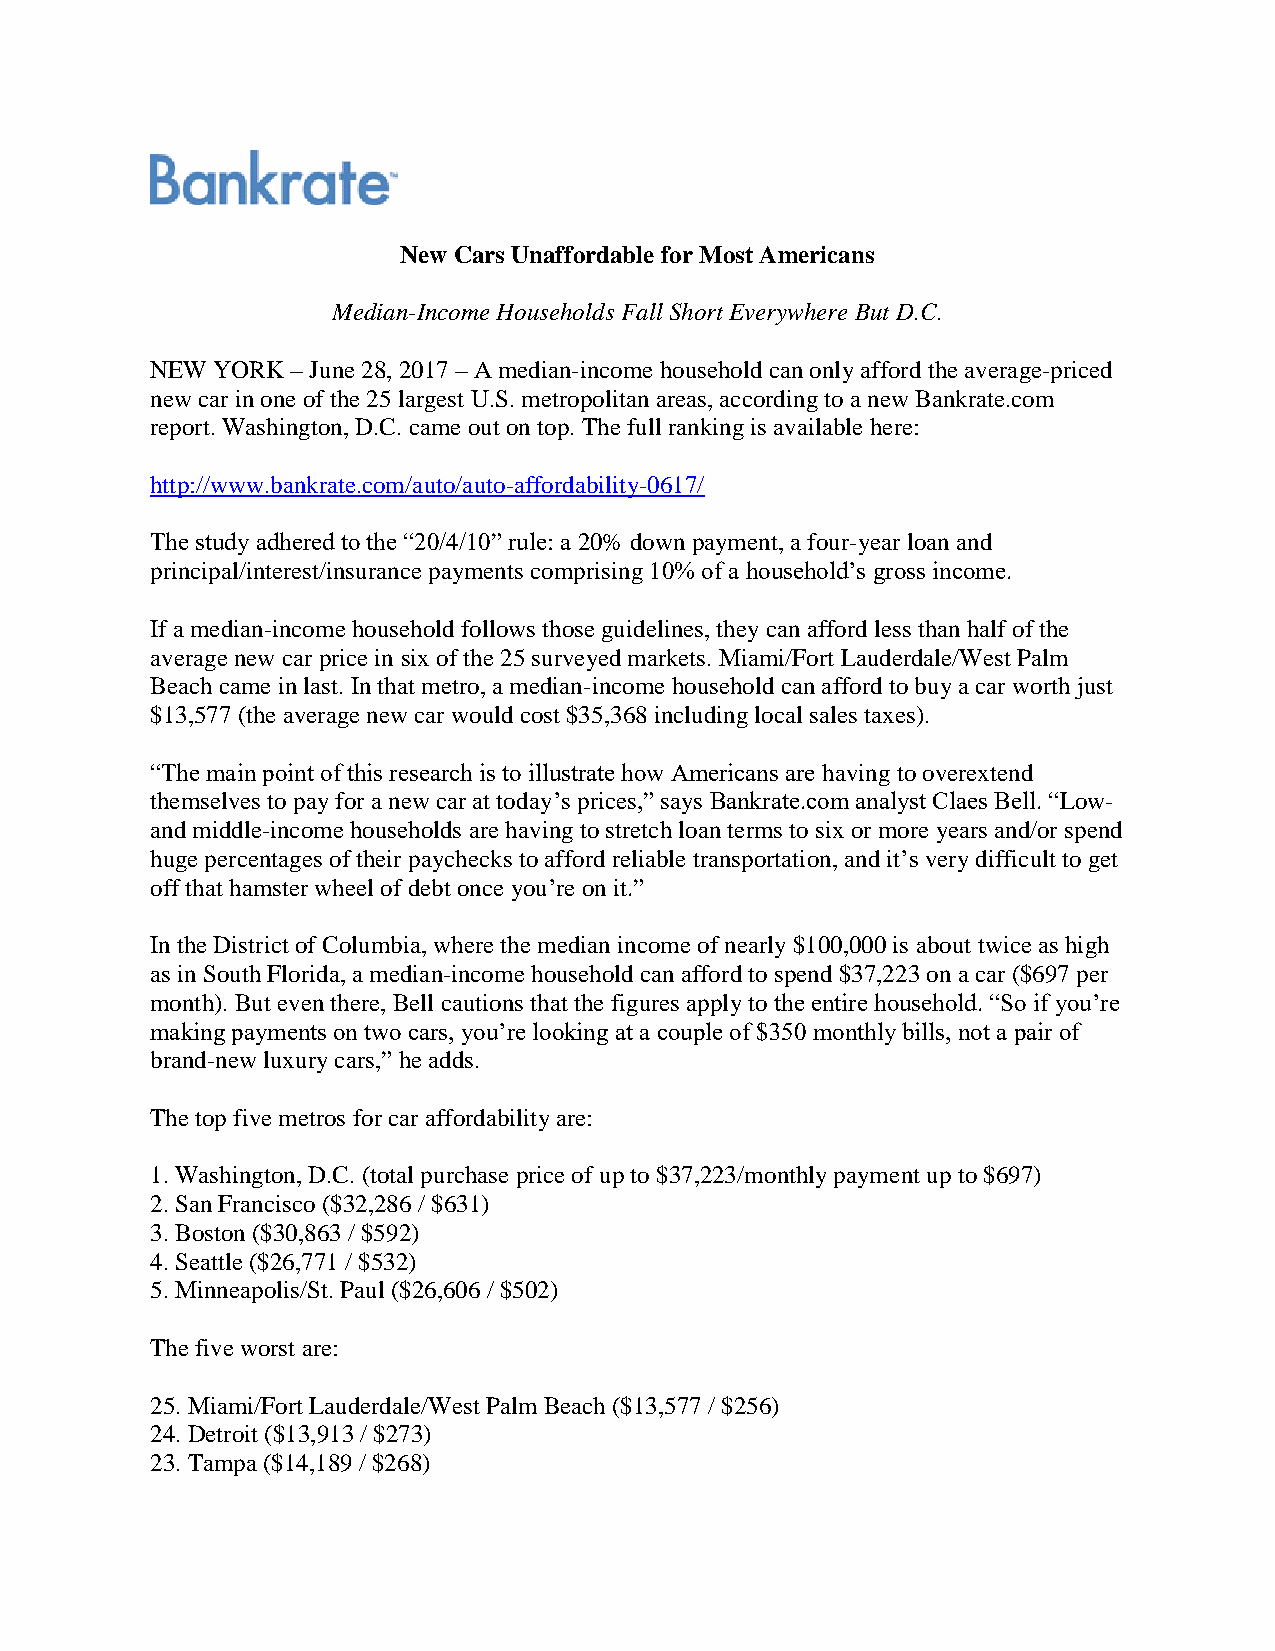
New Cars Unaffordable for Most Americans
 Median-Income Households Fall Short Everywhere But D.C.
 NEW YORK – June 28, 2017 – A median-income household can only afford the average-priced
 new car in one of the 25 largest U.S. metropolitan areas, according to a new Bankrate.com
 report. Washington, D.C. came out on top. The full ranking is available here:
 http://www.bankrate.com/auto/auto-affordability-0617/
 The study adhered to the “20/4/10” rule: a 20% down payment, a four-year loan and
 principal/interest/insurance payments comprising 10% of a household’s gross income.
 If a median-income household follows those guidelines, they can afford less than half of the
 average new car price in six of the 25 surveyed markets. Miami/Fort Lauderdale/West Palm
 Beach came in last. In that metro, a median-income household can afford to buy a car worth just
 $13,577 (the average new car would cost $35,368 including local sales taxes).
 “The main point of this research is to illustrate how Americans are having to overextend
 themselves to pay for a new car at today’s prices,” says Bankrate.com analyst Claes Bell. “Low-
 and middle-income households are having to stretch loan terms to six or more years and/or spend
 huge percentages of their paychecks to afford reliable transportation, and it’s very difficult to get
 off that hamster wheel of debt once you’re on it.”
 In the District of Columbia, where the median income of nearly $100,000 is about twice as high
 as in South Florida, a median-income household can afford to spend $37,223 on a car ($697 per
 month). But even there, Bell cautions that the figures apply to the entire household. “So if you’re
 making payments on two cars, you’re looking at a couple of $350 monthly bills, not a pair of
 brand-new luxury cars,” he adds.
 The top five metros for car affordability are:
 1. Washington, D.C. (total purchase price of up to $37,223/monthly payment up to $697)
 2. San Francisco ($32,286 / $631)
 3. Boston ($30,863 / $592)
 4. Seattle ($26,771 / $532)
 5. Minneapolis/St. Paul ($26,606 / $502)
 The five worst are:
 25. Miami/Fort Lauderdale/West Palm Beach ($13,577 / $256)
 24. Detroit ($13,913 / $273)
 23. Tampa ($14,189 / $268)